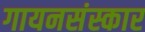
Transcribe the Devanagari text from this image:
गायनसंस्कार